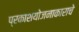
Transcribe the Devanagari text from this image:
प्रकाशयोजनाकाराचे